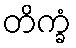
တိက္ခံ